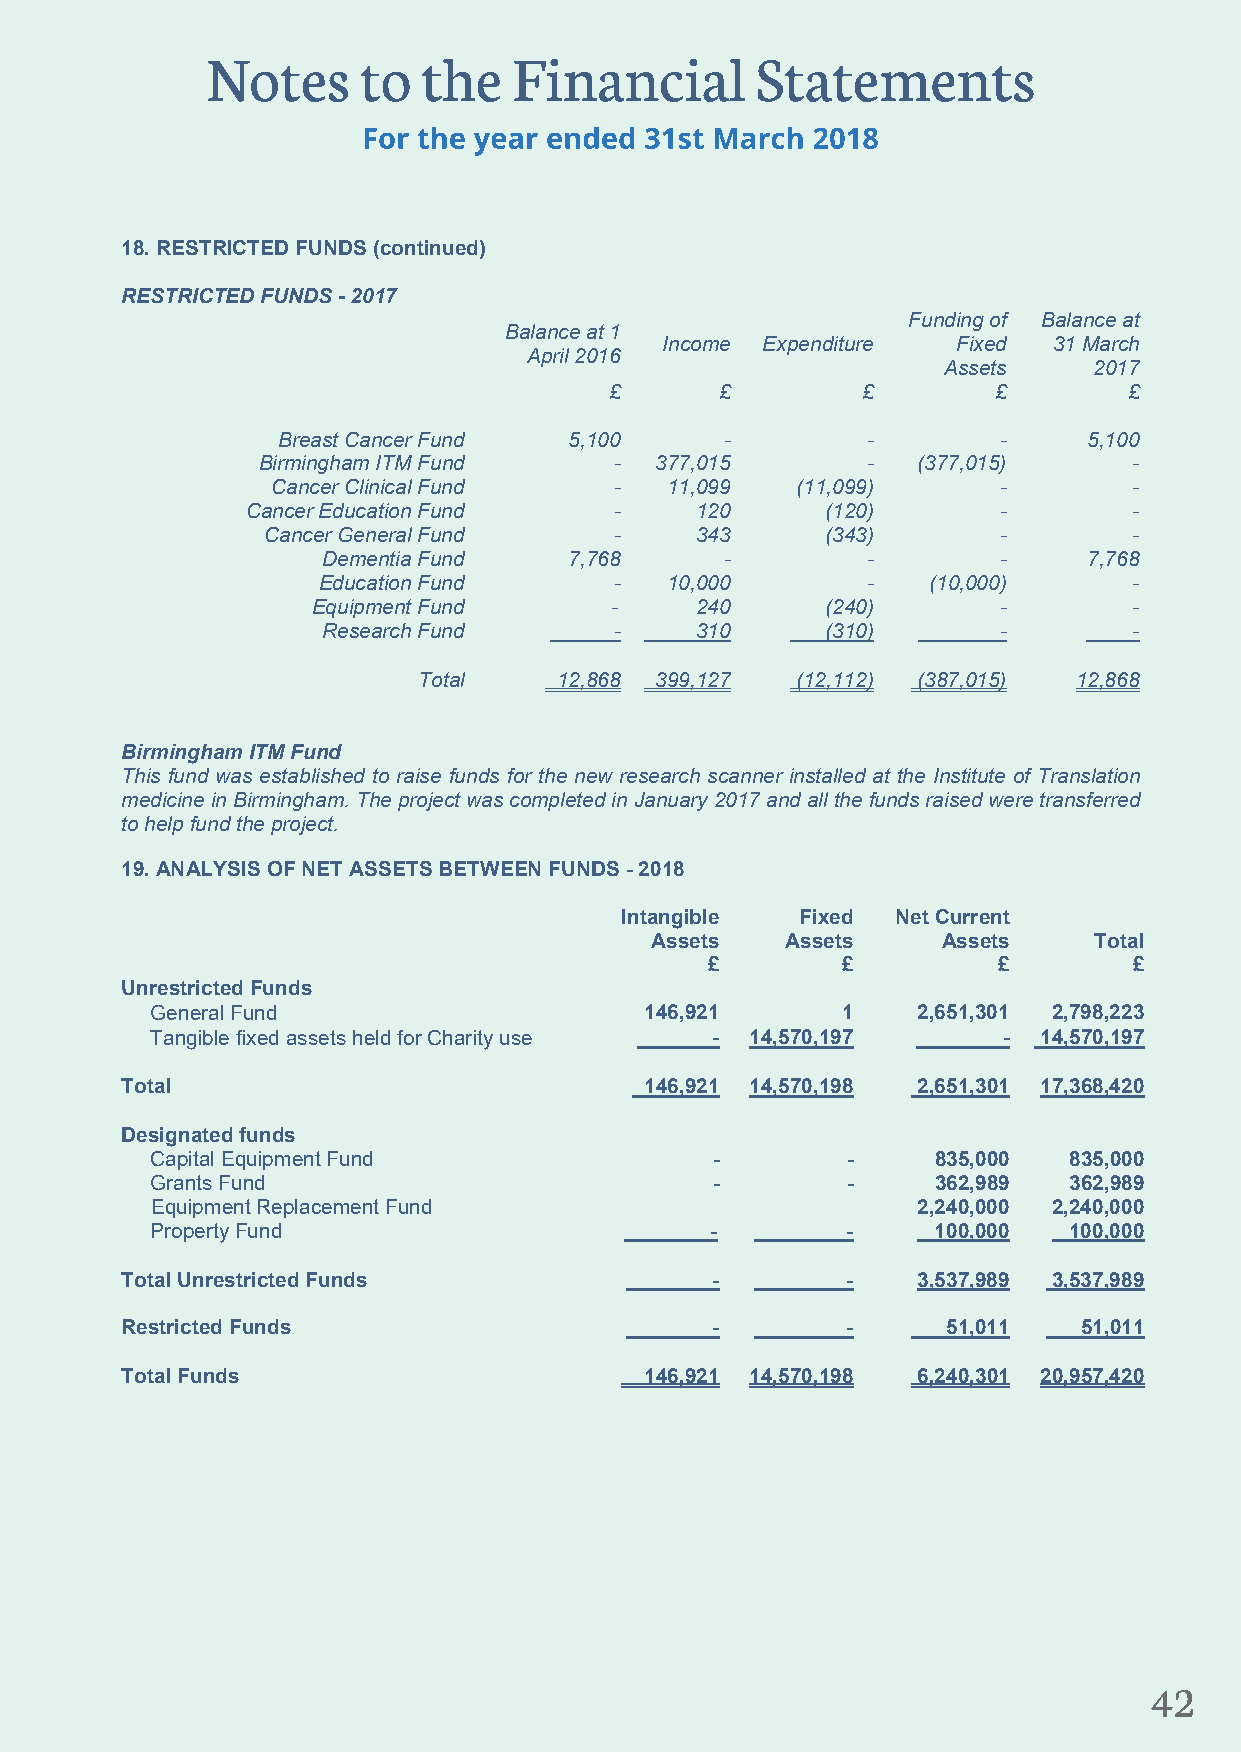
18. RESTRICTED FUNDS (continued)
 RESTRICTED FUNDS - 2017
 Funding of Balance at
 Balance at 1
 Income Expenditure Fixed  31 March
 April 2016
 Assets    2017
 £       £        £        £        £
 Breast Cancer Fund  5,100     -        -        -     5,100
 Birmingham ITM Fund     - 377,015       -   (377,015)     -
 Cancer Clinical Fund   -  11,099   (11,099)     -        -
 Cancer Education Fund    -    120      (120)      -        -
 Cancer General Fund     -    343      (343)      -        -
 Dementia Fund    7,768     -        -        -     7,768
 Education Fund      -  10,000       -   (10,000)      -
 Equipment Fund     -     240      (240)      -        -
 Research Fund       -    310      (310)      -        -
 Total    12,868 399,127  (12,112) (387,015) 12,868
 Birmingham ITM Fund
 This fund was established to raise funds for the new research scanner installed at the Institute of Translation
 medicine in Birmingham. The project was completed in January 2017 and all the funds raised were transferred
 to help fund the project.
 19. ANALYSIS OF NET ASSETS BETWEEN FUNDS - 2018
 Intangible  Fixed Net Current
 Assets   Assets    Assets    Total
 £        £         £        £
 Unrestricted Funds
 General Fund                     146,921      1    2,651,301 2,798,223
 Tangible fixed assets held for Charity use - 14,570,197 -  14,570,197
 Total                              146,921 14,570,198 2,651,301 17,368,420
 Designated funds
 Capital Equipment Fund               -        -     835,000  835,000
 Grants Fund                          -        -     362,989  362,989
 Equipment Replacement Fund                         2,240,000 2,240,000
 Property Fund                        -        -     100,000  100,000
 Total Unrestricted Funds               -        -    3,537,989 3,537,989
 Restricted Funds                       -        -      51,011  51,011
 Total Funds                        146,921 14,570,198 6,240,301 20,957,420